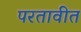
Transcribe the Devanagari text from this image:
परतावीत